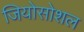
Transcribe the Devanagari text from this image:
जियोसोशल